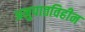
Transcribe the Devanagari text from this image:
अनुपातविहीन